Eesti_Vabariigi_Tartu_Ulikool, lk 3
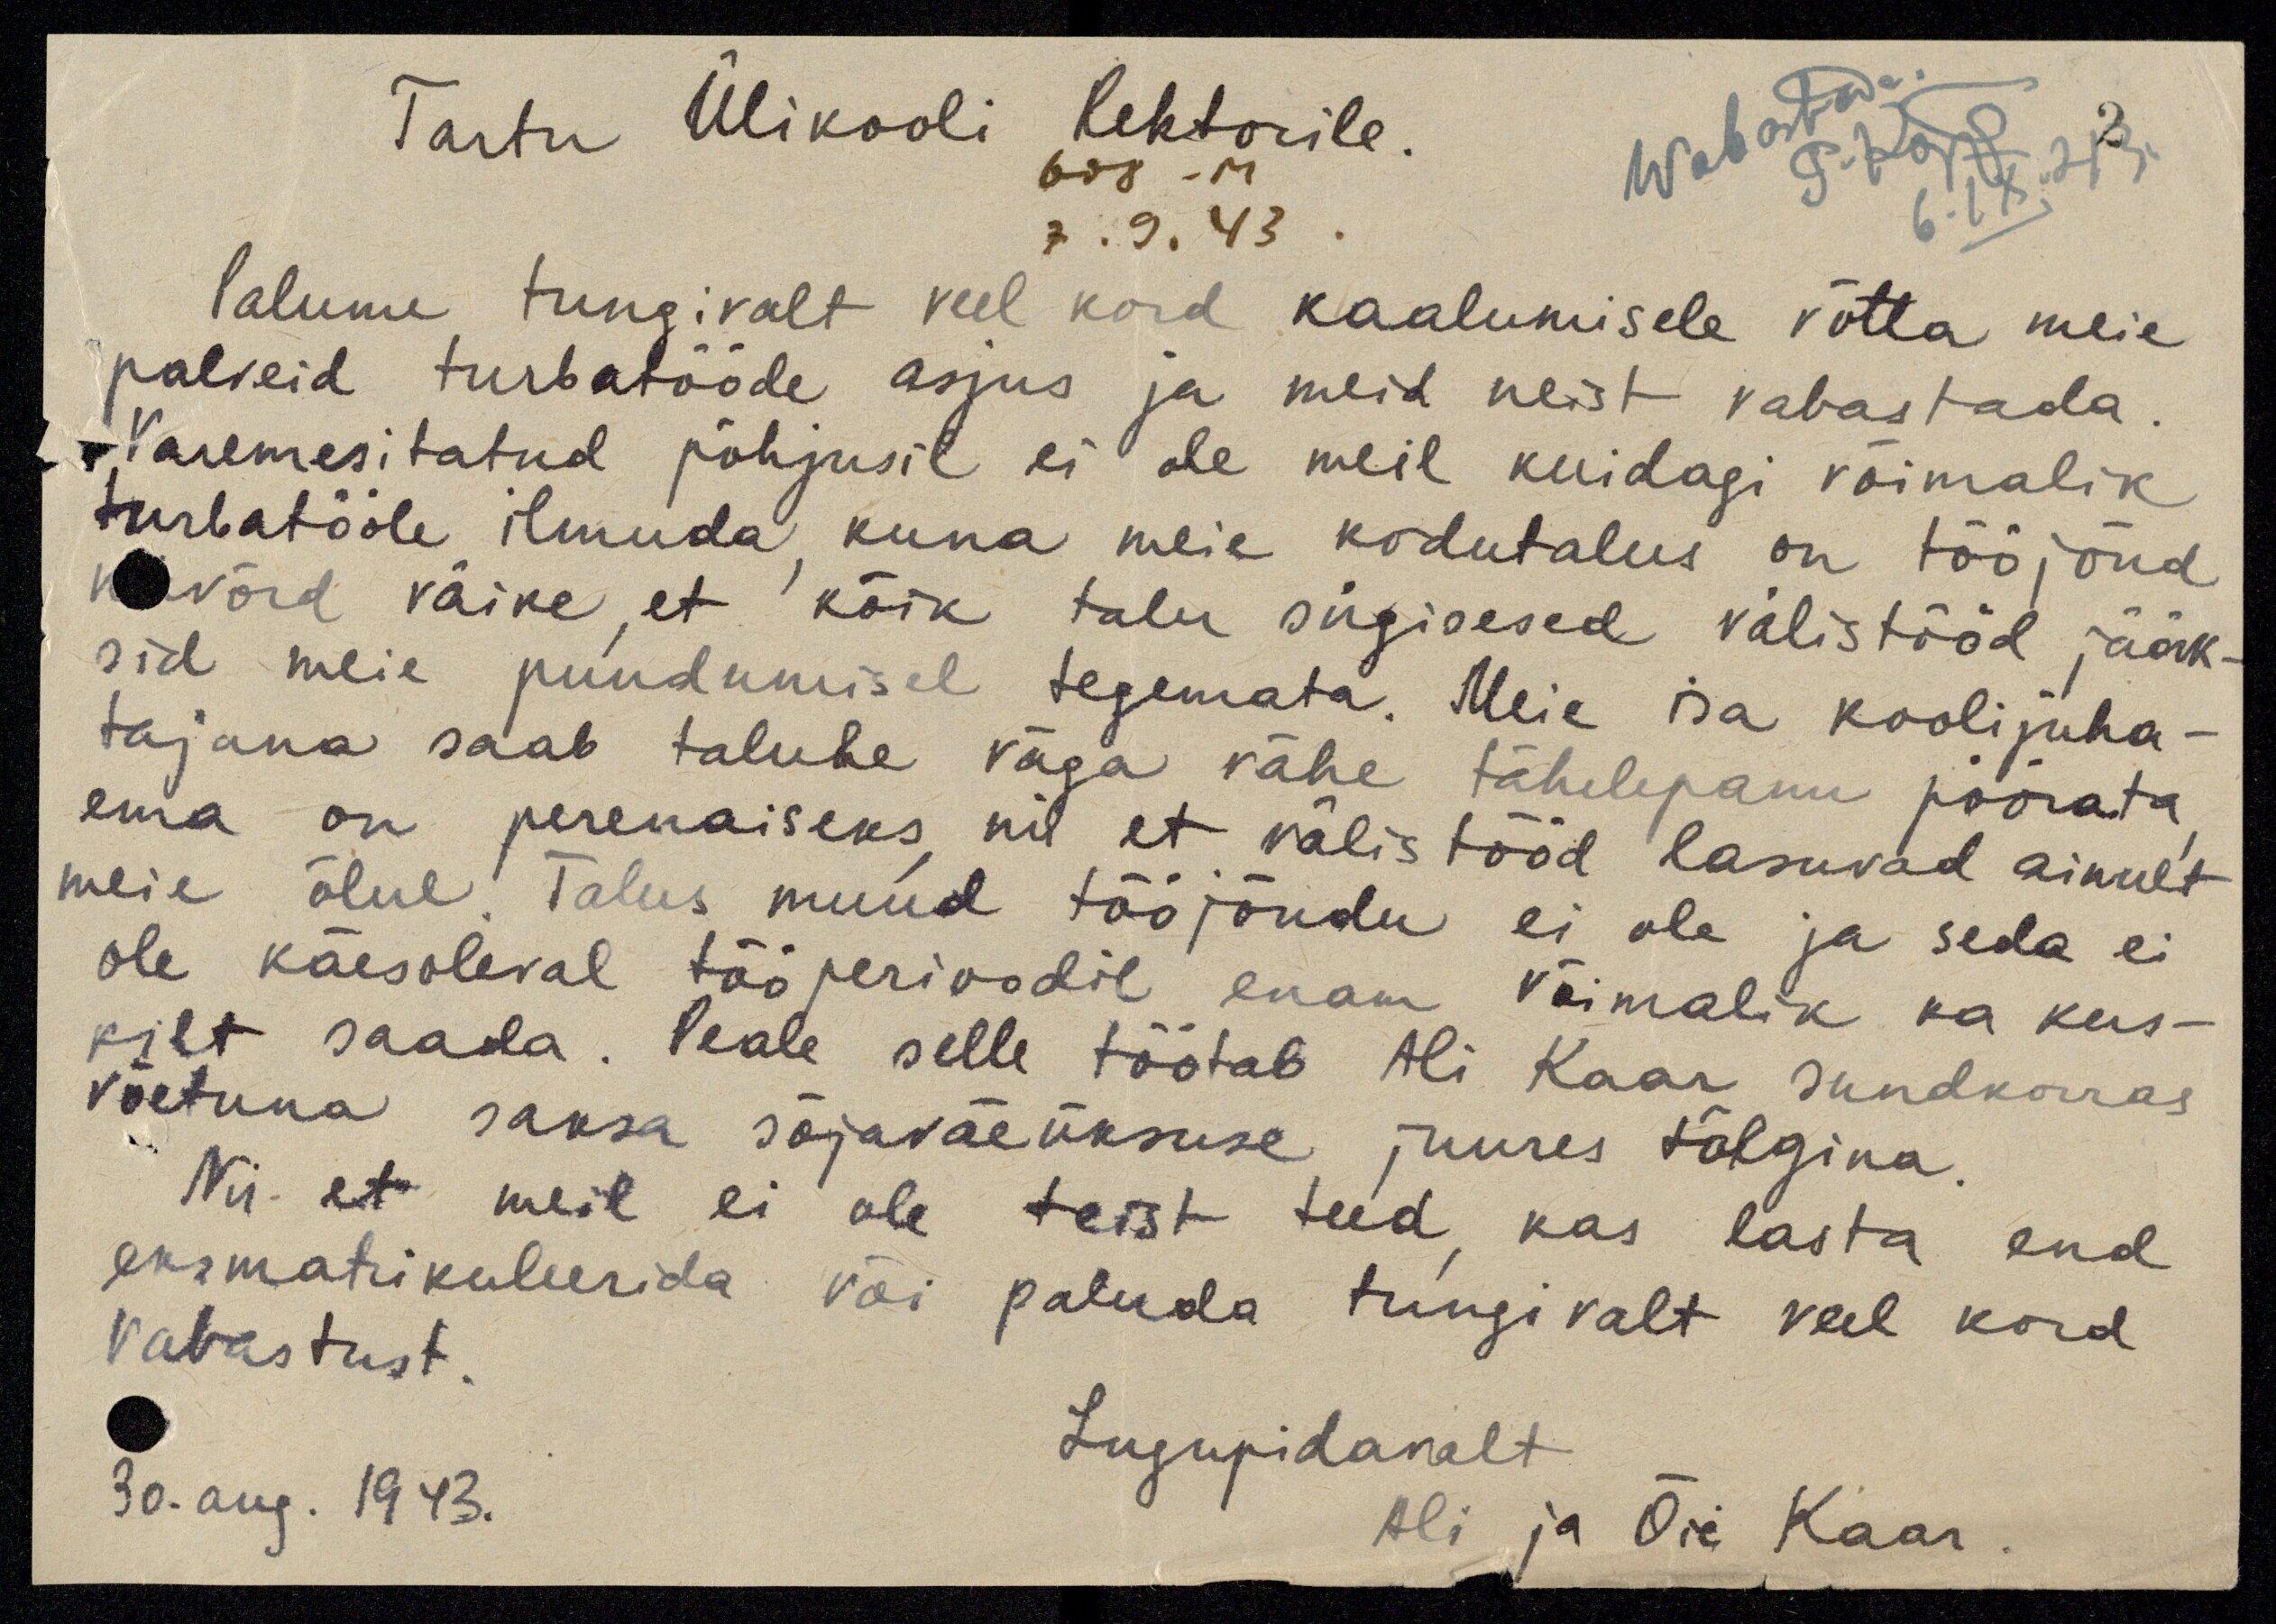
Tartu Ülikooli Rektorile.
Wabastada.
P. Kõpp
608 - M
6.IX.43.
7. 9. 43 .
Palume tungivalt veel kord kaalumisele võtta meie
palveid turbatööde asjus ja meid neist vabastada.
Varemesitatud põhjusil ei ole meil kuidagi võimalik
turbatööle ilmuda kuna meie kodutalus on tööjõud
niivõrd väike, et kõik talu sügisesed välistööd jääk-
sid meie puudumisel tegemata. Meie isa koolijuha-
tajana saab talule väga vähe tähelepanu pöörata
ema on perenaiseks nii et välistööd lasuvad ainult
meie õlul. Talus muud tööjõudu ei ole ja seda ei
ole käesoleval tööperioodil enam võimalik ka kus-
kilt saada. Peale selle töötab Ali Kaar sundkorras
võetuna saksa sõjaväeüksuse juures tõlgina.
Nii et meil ei ole teist teed kas lasta end
eksmatrikuleerida või paluda tungivalt veel kord
vabastust.
Lugupidavalt
Ali ja Õie Kaar
30. aug. 1943.